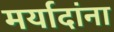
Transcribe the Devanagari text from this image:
मर्यादांना